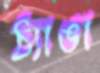
ঠ্যাঙা